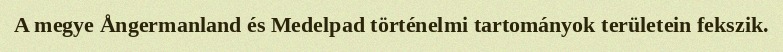
A megye Ångermanland és Medelpad történelmi tartományok területein fekszik.